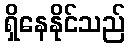
ရှိနေနိုင်သည်